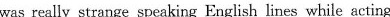
was really strange speaking English lines while acting